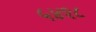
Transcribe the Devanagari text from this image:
५४१८